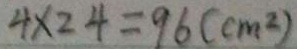
4 \times 2 4 = 9 6 ( c m ^ { 2 } )